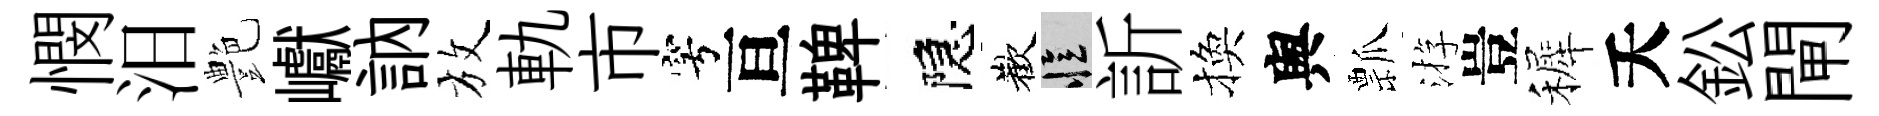
憫汨艶巘訥放軌市穹亘鞞隠歡忆訢換舆瓢㳺豈裤夭鈆閘